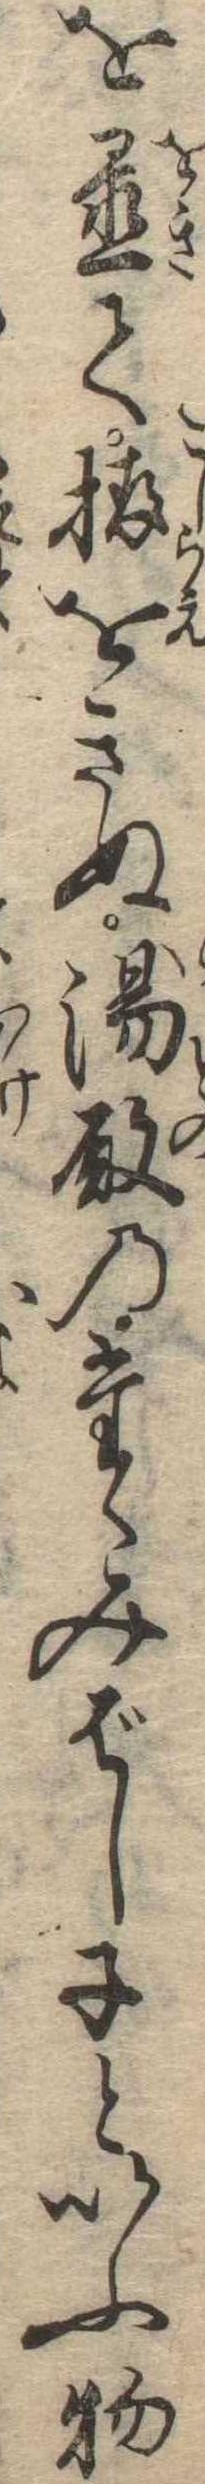
を置て拵をきぬ湯殿のたゝみばし子といふ物